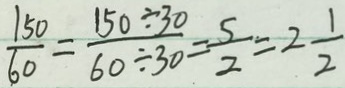
\frac { 1 5 0 } { 6 0 } = \frac { 1 5 0 \div 3 0 } { 6 0 \div 3 0 } = \frac { 5 } { 2 } = 2 \frac { 1 } { 2 }